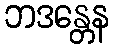
ဘဒန္တေန